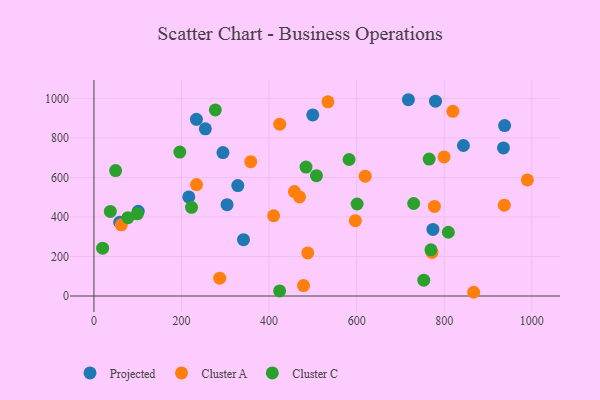
{"axis": {"x": "Engine Size", "y": "Fuel Efficiency"}, "legend": ["Cluster A", "Cluster C", "Projected"], "data": [{"x": "304.0", "y": 462.1, "type": "Projected"}, {"x": "780.0", "y": 986.0, "type": "Projected"}, {"x": "937.8", "y": 862.4, "type": "Projected"}, {"x": "101.1", "y": 428.7, "type": "Projected"}, {"x": "499.7", "y": 916.4, "type": "Projected"}, {"x": "843.7", "y": 761.7, "type": "Projected"}, {"x": "234.0", "y": 894.3, "type": "Projected"}, {"x": "341.5", "y": 285.3, "type": "Projected"}, {"x": "774.1", "y": 337.2, "type": "Projected"}, {"x": "294.6", "y": 725.7, "type": "Projected"}, {"x": "58.8", "y": 373.2, "type": "Projected"}, {"x": "254.3", "y": 846.1, "type": "Projected"}, {"x": "328.5", "y": 558.8, "type": "Projected"}, {"x": "718.1", "y": 993.3, "type": "Projected"}, {"x": "216.5", "y": 501.2, "type": "Projected"}, {"x": "935.2", "y": 749.4, "type": "Projected"}, {"x": "234.2", "y": 564.0, "type": "Cluster A"}, {"x": "799.5", "y": 703.9, "type": "Cluster A"}, {"x": "534.3", "y": 982.8, "type": "Cluster A"}, {"x": "867.1", "y": 18.9, "type": "Cluster A"}, {"x": "358.1", "y": 679.8, "type": "Cluster A"}, {"x": "596.9", "y": 381.2, "type": "Cluster A"}, {"x": "410.3", "y": 406.1, "type": "Cluster A"}, {"x": "488.2", "y": 218.1, "type": "Cluster A"}, {"x": "424.2", "y": 869.8, "type": "Cluster A"}, {"x": "469.5", "y": 501.3, "type": "Cluster A"}, {"x": "989.8", "y": 587.6, "type": "Cluster A"}, {"x": "819.6", "y": 934.5, "type": "Cluster A"}, {"x": "771.8", "y": 220.8, "type": "Cluster A"}, {"x": "619.4", "y": 606.4, "type": "Cluster A"}, {"x": "62.4", "y": 360.3, "type": "Cluster A"}, {"x": "287.2", "y": 90.1, "type": "Cluster A"}, {"x": "777.5", "y": 453.5, "type": "Cluster A"}, {"x": "478.6", "y": 53.0, "type": "Cluster A"}, {"x": "937.1", "y": 459.7, "type": "Cluster A"}, {"x": "457.8", "y": 528.6, "type": "Cluster A"}, {"x": "222.8", "y": 448.9, "type": "Cluster C"}, {"x": "508.1", "y": 608.9, "type": "Cluster C"}, {"x": "196.1", "y": 728.5, "type": "Cluster C"}, {"x": "77.5", "y": 396.3, "type": "Cluster C"}, {"x": "19.8", "y": 242.3, "type": "Cluster C"}, {"x": "753.2", "y": 80.1, "type": "Cluster C"}, {"x": "424.0", "y": 25.6, "type": "Cluster C"}, {"x": "277.2", "y": 941.7, "type": "Cluster C"}, {"x": "37.4", "y": 428.0, "type": "Cluster C"}, {"x": "582.6", "y": 690.9, "type": "Cluster C"}, {"x": "49.4", "y": 634.6, "type": "Cluster C"}, {"x": "769.6", "y": 233.9, "type": "Cluster C"}, {"x": "99.1", "y": 415.8, "type": "Cluster C"}, {"x": "601.0", "y": 465.6, "type": "Cluster C"}, {"x": "765.5", "y": 692.9, "type": "Cluster C"}, {"x": "730.1", "y": 468.1, "type": "Cluster C"}, {"x": "809.3", "y": 322.6, "type": "Cluster C"}, {"x": "484.3", "y": 652.3, "type": "Cluster C"}]}